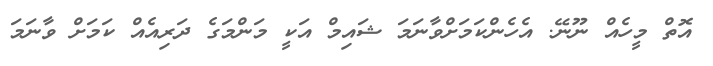
އޮތް މީހެއް ނޫނޭ. އެހެންކަމަށްވާނަމަ ޝައިމް އަކީ މަންމަގެ ދަރިއެއް ކަމަށް ވާނަމަ